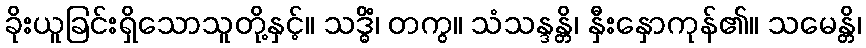
ခိုးယူခြင်းရှိသောသူတို့နှင့်။ သဒ္ဓိံ၊ တကွ။ သံသန္ဒန္တိ၊ နှီးနှောကုန်၏။ သမေန္တိ၊